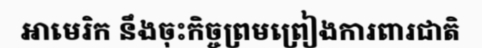
អាមេរិក នឹងចុះកិច្ចព្រមព្រៀងការពារជាតិ